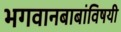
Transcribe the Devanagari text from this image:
भगवानबाबांविषयी